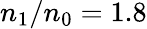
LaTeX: n_{\mathrm{1}}/n_{\mathrm{0}}=1.8